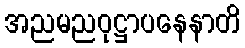
အညမညဝုဋ္ဌာပနေနာတိ